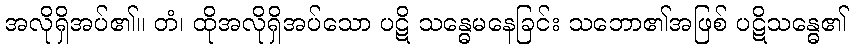
အလိုရှိအပ်၏။ တံ၊ ထိုအလိုရှိအပ်သော ပဋိ သန္ဓေမနေခြင်း သဘော၏အဖြစ် ပဋိသန္ဓေ၏